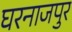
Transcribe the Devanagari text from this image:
घरनाजपुर